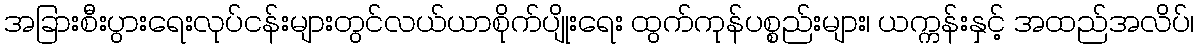
အခြားစီးပွားရေးလုပ်ငန်းများတွင်လယ်ယာစိုက်ပျိုးရေး ထွက်ကုန်ပစ္စည်းများ၊ ယက္ကန်းနှင့် အထည်အလိပ်၊